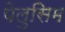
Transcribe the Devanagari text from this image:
पेलुसिम